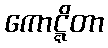
ကောဋ္ဋိတာ